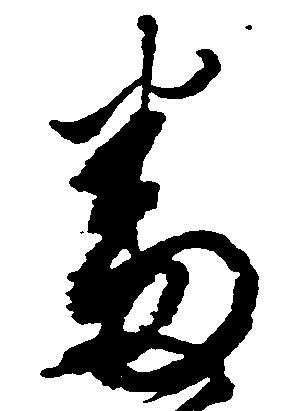
番